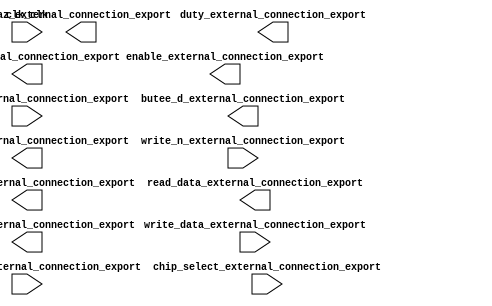

module sopc_v3 (
	address_external_connection_export,
	angle_barre_external_connection_export,
	butee_d_external_connection_export,
	butee_g_external_connection_export,
	chip_select_external_connection_export,
	clk_clk,
	raz_external_connection_export,
	duty_external_connection_export,
	frequency_external_connection_export,
	read_data_external_connection_export,
	sens_external_connection_export,
	write_data_external_connection_export,
	write_n_external_connection_export,
	enable_external_connection_export,
	fin_butee_external_connection_export);	

	input	[2:0]	address_external_connection_export;
	input	[11:0]	angle_barre_external_connection_export;
	output	[11:0]	butee_d_external_connection_export;
	output	[11:0]	butee_g_external_connection_export;
	input		chip_select_external_connection_export;
	input		clk_clk;
	output		raz_external_connection_export;
	output	[15:0]	duty_external_connection_export;
	output	[15:0]	frequency_external_connection_export;
	output	[31:0]	read_data_external_connection_export;
	output		sens_external_connection_export;
	input	[31:0]	write_data_external_connection_export;
	input		write_n_external_connection_export;
	output		enable_external_connection_export;
	output	[1:0]	fin_butee_external_connection_export;
endmodule